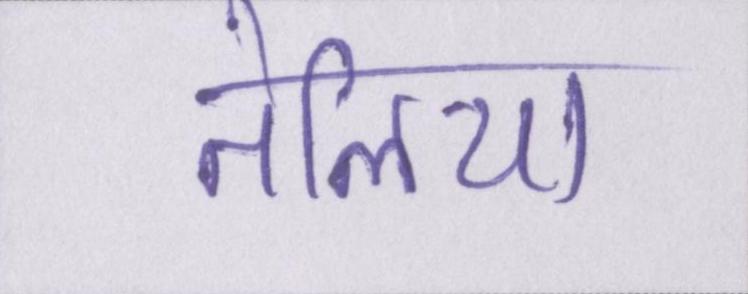
तेलिया